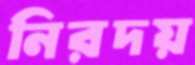
নিরদয়